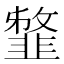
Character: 𩐈